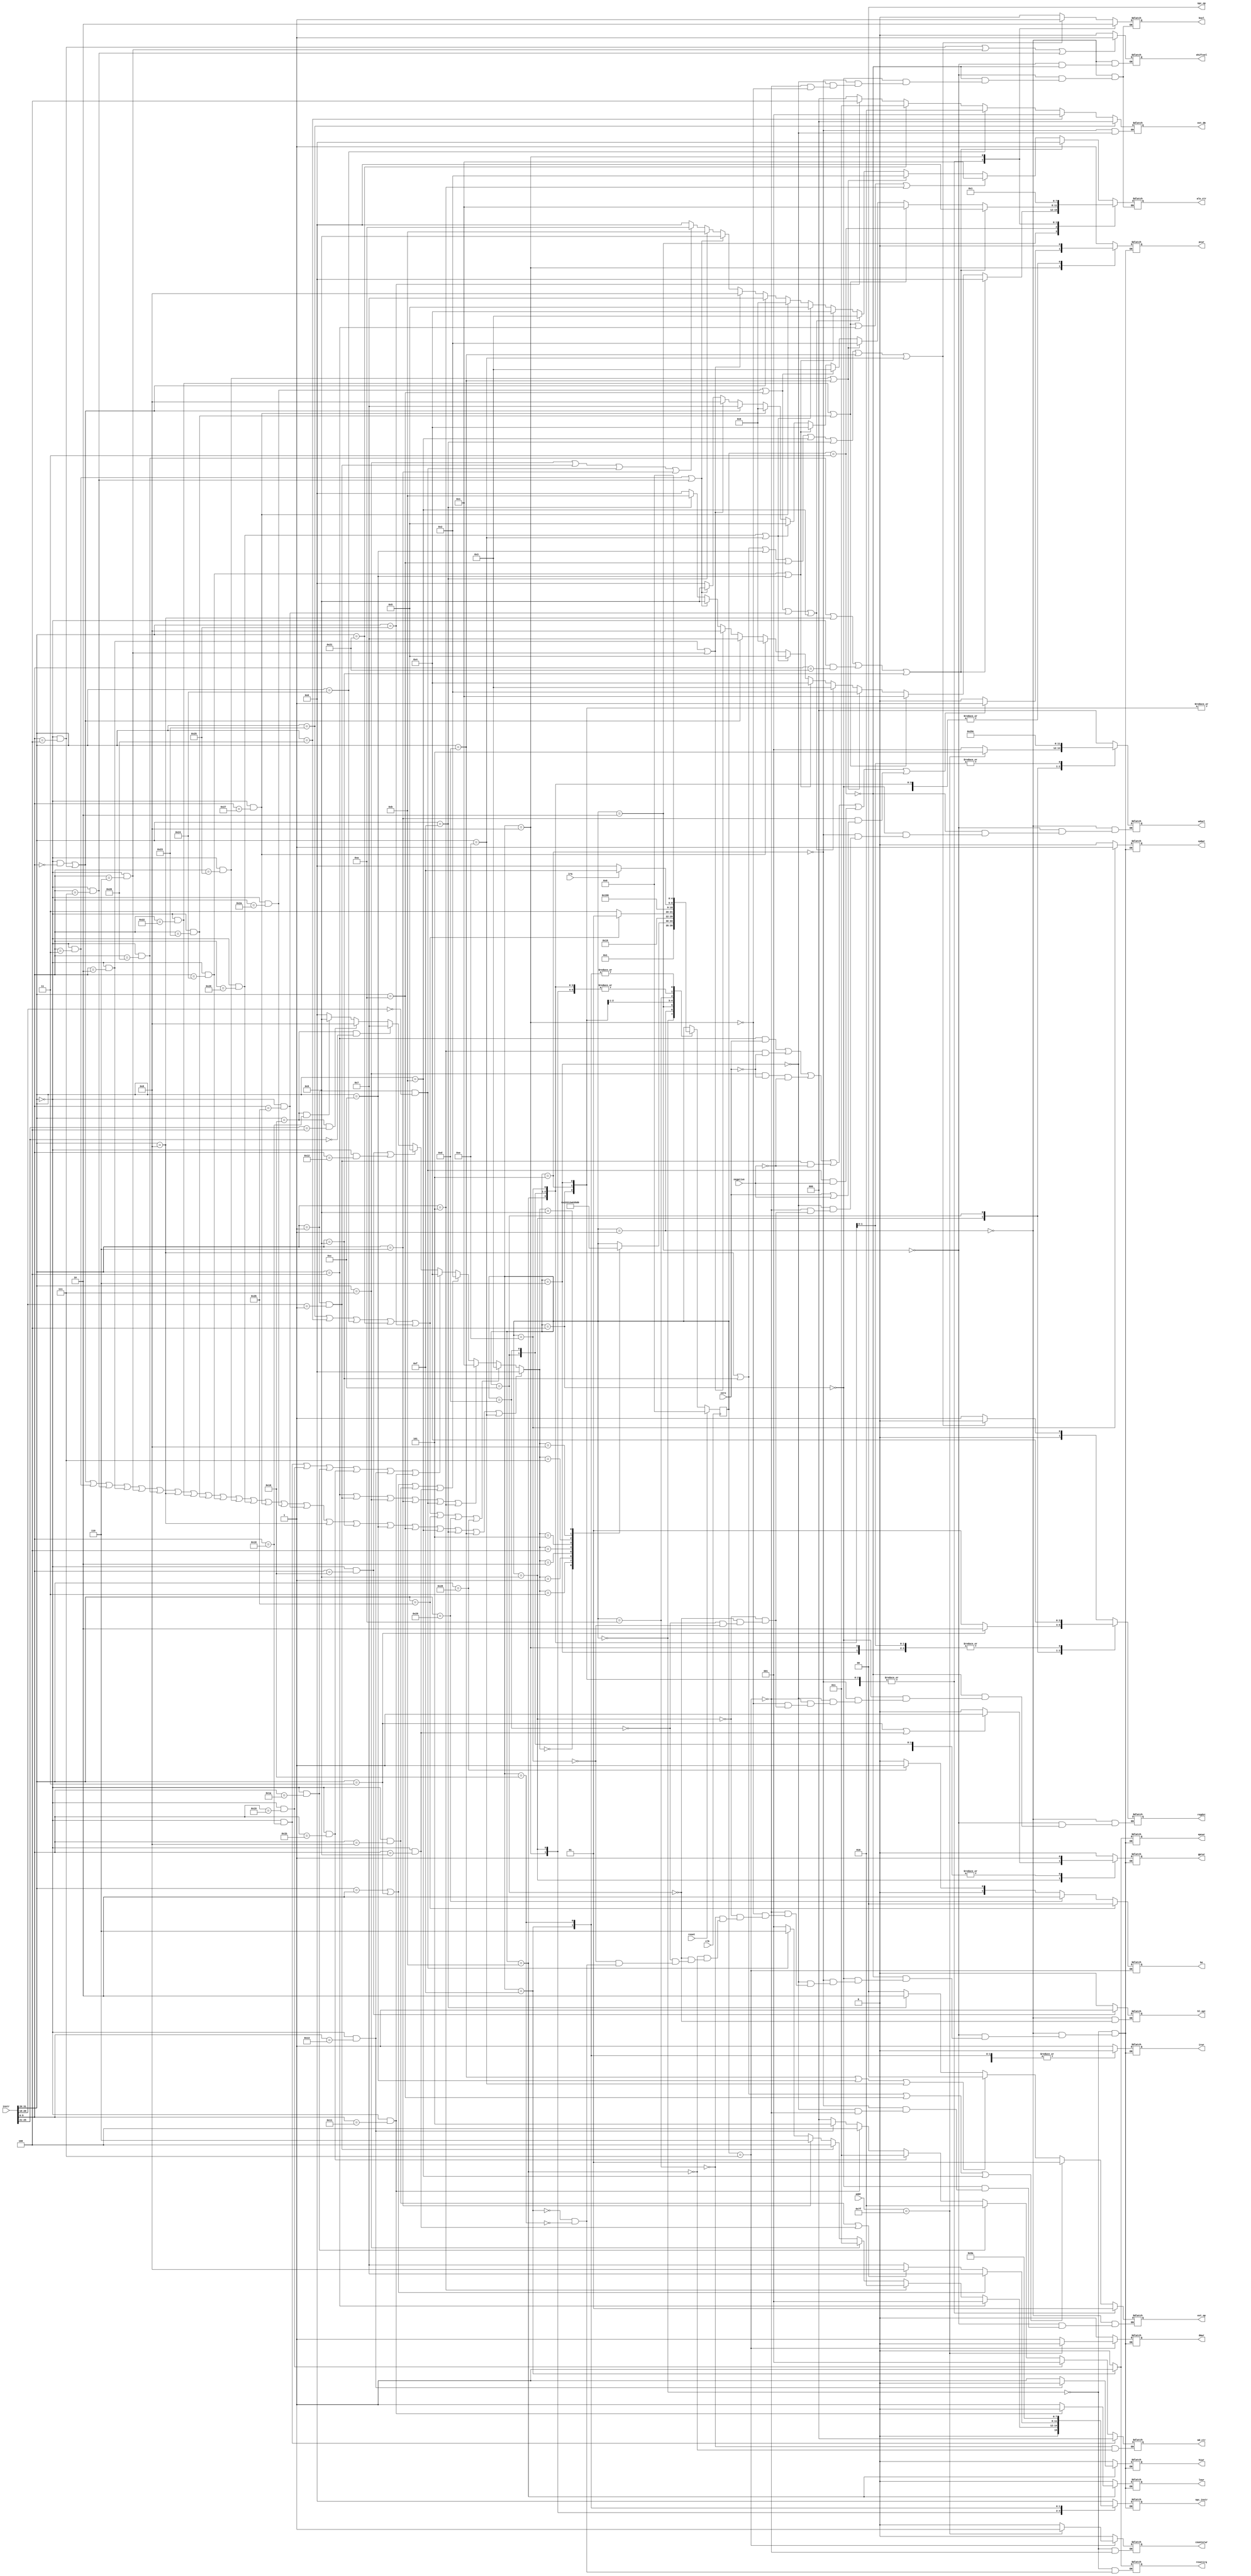
module ctrl(
    input [31:0] instr,
    input clk, zero, negative, reset, irq,
    input [7:0] addr,
    output reg [3:0] alu_ctr,
    output reg [2:0] ext_dm, md_ctr,
    //output reg [2:0] md_ctr,
    output reg [1:0] regdst, ext_op, //ext_be,
    output reg irwr, pcwr,gprwr,dmwr,bsel,shiftsel,hiwr,lowr,hl_opt,cp0wr,epcwr,resetirq,counterwr,
    output reg [1:0] npc_op, be,
    output reg [2:0] wdsel,
    output reg [3:0] npc_instr
    );
    parameter IR = 4'b0000,
              B = 4'b0001,
              J = 4'b0010,
              MA = 4'b0011,
              MD = 4'b0100,
              RHL = 4'b0101,
              RC = 4'b0111,
              WC = 4'b1000,
              ER = 4'b1001,
              BREAK = 4'b1010;
    parameter NPC_IR = 4'b0000,
              NPC_BEQ = 4'b0001,
              NPC_BNE = 4'b0010,
              NPC_BGTZ = 4'b0011,
              NPC_BGEZ = 4'b0100,
              NPC_BLTZ = 4'b0101,
              NPC_BLEZ = 4'b0110,
              NPC_J_JAL = 4'b0111,
              NPC_JR_JALR = 4'b1000,
              NPC_INT = 4'b1001,
              NPC_ERET = 4'b1010;
    parameter S0 = 5'b00000,
              S1 = 5'b00001,
              S2 = 5'b00010,
              S3 = 5'b00011,
              S4 = 5'b00100,
              S5 = 5'b00101,
              S6 = 5'b00110,
              S7 = 5'b00111,
              S8 = 5'b01000,
              S9 = 5'b01001,
              S10 = 5'b01010,
              S11 = 5'b01011,
              S12 = 5'b01100,
              S13 = 5'b01101,
              S14 = 5'b01110,
              S15 = 5'b01111,
              S16 = 5'b10000;
    parameter alu_add = 4'b0000,
              alu_sub = 4'b0001,
              alu_or = 4'b0010,
              alu_neg = 4'b0011,
              alu_and = 4'b0100,
              alu_xor = 4'b0101,
              alu_nor = 4'b0110,
              alu_sl = 4'b0111,
              alu_sr = 4'b1000,
              alu_sra = 4'b1001,
              alu_da = 4'b1010, //direct access of A
              alu_db = 4'b1011; //direct access of B
    parameter md_mul = 3'b000,
              md_mulu = 3'b001,
              md_div = 3'b010,
              md_divu = 3'b011,
              md_mthi = 3'b100,
              md_mtlo = 3'b101;
    parameter dm_sw = 2'b00,
              dm_sb = 2'b01,
              dm_sh = 2'b10;
    wire [5:0] op, func;
    wire [4:0] rs, rt, rd;
    wire [15:0] imm;
    assign op = instr[31:26];
    assign func = instr[5:0];
    assign rs = instr[25:21];
    assign rt = instr[20:16];
    assign rd = instr[15:11];
    assign imm = instr[15:0];
    // IR
    wire sll = (op == 6'b000000 && func == 6'b000000);
    wire sllv = (op == 6'b000000 && func == 6'b000100);
    wire sra = (op == 6'b0000000 && func == 6'b000011);
    wire srav = (op == 6'b000000 && func == 6'b000111);
    wire srl = (op == 6'b000000 && func == 6'b000010);
    wire srlv = (op == 6'b000000 && func == 6'b000110);
    wire add = (op == 6'b000000 && func == 6'b100000);
    wire addu = (op == 6'b000000 && func == 6'b100001);
    wire sub = (op == 6'b000000 && func == 6'b100010);
    wire subu = (op == 6'b000000 && func == 6'b100011);
    wire andr = (op == 6'b000000 && func == 6'b100100);
    wire orr = (op == 6'b000000 && func == 6'b100101);
    wire xorr = (op == 6'b000000 && func == 6'b100110);
    wire norr = (op == 6'b000000 && func == 6'b100111);
    wire slt = (op == 6'b000000 && func == 6'b101010);
    wire sltu = (op == 6'b000000 && func == 6'b101011);
    wire addi = (op == 6'b001000);
    wire addiu = (op == 6'b001001);
    wire andi = (op == 6'b001100);
    wire slti = (op == 6'b001010);
    wire sltiu = (op == 6'b001011);
    wire lui = (op == 6'b001111);
    wire ori = (op == 6'b001101);
    wire xori = (op == 6'b001110);
    wire imme = (addi || addiu || andi || slti || sltiu || lui || ori || xori);
    
    //MA
    wire lw = (op == 6'b100011);
    wire lb = (op == 6'b100000);
    wire lbu = (op == 6'b100100);
    wire lh = (op == 6'b100001);
    wire lhu = (op == 6'b100101);
    wire sw = (op == 6'b101011);
    wire sb = (op == 6'b101000);
    wire sh = (op == 6'b101001);
    
    //B
    wire beq = (op == 6'b000100);
    wire bgez = (op == 6'b000001 && rt == 5'b00001);
    wire bgtz = (op == 6'b000111);
    wire blez = (op == 6'b000110);
    wire bltz = (op == 6'b00001 && rt == 5'b00000);
    wire bne = (op == 6'b000101);
    
    //J
    wire j = (op == 6'b000010);
    wire jal = (op == 6'b000011);
    wire jr = (op == 6'b000000 && func == 6'b001000);
    wire jalr = (op == 6'b000000 && func == 6'b001001);
    
    //MD
    wire mult = (op == 6'b000000 && func == 6'b011000);
    wire multu = (op == 6'b000000 && func == 6'b011001);
    wire div = (op == 6'b000000 && func == 6'b011010);
    wire divu = (op == 6'b000000 && func == 6'b011011);
    wire mthi = (op == 6'b000000 && func == 6'b010001);
    wire mtlo = (op == 6'b000000 && func == 6'b010011);
    
    //RHL
    wire mfhi = (op == 6'b000000 && func == 6'b010000);
    wire mflo = (op == 6'b000000 && func == 6'b010010);
    
    //RC
    wire mfc0 = (op == 6'b010000 && rs == 5'b00000);
    
    //WC
    wire mtc0 = (op == 6'b010000 && rs == 5'b00100);
    
    //ER
    wire eret = (op == 6'b010000 && func == 6'b011000);
    
    wire [3:0] op_type = (sll || sllv || sra || srav || srl || srlv || add || addi || sub || subu || andr || orr || xorr || norr || slt || sltu || addi || addiu || andi || slti || sltiu || lui || ori || xori) ? IR :
                     (lw || lb || lbu || lh || lhu || sw || sh || sb) ? MA:
                          (beq || bgez || bgtz || blez || bltz || bne) ? B:
                                              (j || jal || jr || jalr) ? J:
                       (mult || multu || div || divu || mtlo || mthi) ? MD:
                                                      (mfhi || mflo) ? RHL:
                                                                 mfc0 ? RC:
                                                                 mtc0 ? WC:
                                                                 eret ? ER:
                                                                        IR;
                   
    wire load = (lw || lb || lbu || lh || lhu);
    wire store = (sw || sb || sh);
    
    reg [4:0] fsm;
    initial
    begin
        fsm <= S0;
        pcwr = 1;
        npc_op = 2'b00;
        irwr = 1;
        gprwr = 0;
        dmwr = 0;
        npc_instr = NPC_IR;
        
    end
    always@(posedge clk)
    begin
        if (reset)
            fsm <= S0;
        else
            case(fsm)
                S0: fsm <= S1;
                S1: case(op_type)
                        IR: fsm <= S2;
                        MA: fsm <= S4;
                        B: fsm <= S8;
                        J: fsm <= S9;
                        MD: fsm <= S10;
                        RHL: fsm <= S12;
                        RC: fsm <= S13;
                        WC: fsm <= S14;
                        ER: fsm <= S16;
                    endcase
                S2: fsm <= S3;
                S3: fsm <= (irq == 1) ? S15 : S0;
                S4: fsm <= load ? S5 : S7;
                S5: fsm <= S6;
                S6: fsm <= irq ? S15 : S0;
                S7: fsm <= irq ? S15 : S0;
                S8: fsm <= irq ? S15 : S0;
                S9: fsm <= irq ? S15 : S0;
                S10: fsm <= S11;
                S11: fsm <= irq ? S15 : S0;
                S12: fsm <= irq ? S15 : S0;
                S13: fsm <= irq ? S15 : S0;
                S14: fsm <= irq ? S15 : S0;
                S15: fsm <= S0;
                S16: fsm <= S0;
            endcase
    end
    always@(*)
    begin
        case(fsm)
            S0:
            begin
                pcwr = 1;
                npc_op = 2'b00;
                irwr = 1;
                gprwr = 0;
                dmwr = 0;
                npc_instr = NPC_IR;
                hiwr = 0;
                lowr = 0;
                cp0wr = 0;
                resetirq = 0;
                epcwr = 0;
                counterwr = 0;
            end
            S1:
            begin
                pcwr = 0;
                irwr = 0;
                gprwr = 0;
                dmwr = 0;
                alu_ctr = (add || addi || addu || addiu) ? alu_add:
                             (sub || subu || beq || bne) ? alu_sub:
                                             (orr || ori) ? alu_or:
                          (slt || slti || sltu || sltiu) ? alu_neg:
                                          (andr || andi) ? alu_and:
                                          (xorr || xori) ? alu_xor:
                                                  (norr) ? alu_nor:
                                            (sll || sllv) ? alu_sl:
                                            (srl || srlv) ? alu_sr:
                                           (sra || srav) ? alu_sra:
                                                    (lui) ? alu_db:
                           (bgtz || bgez || bltz || blez) ? alu_da:
                                                           alu_add;
                shiftsel = (sllv || srlv || srav) ? 1 : 0;
                regdst = imme ? 2'b00 : 2'b01;
                bsel = (addi || addiu || andi || slti || sltiu || lui || ori || xori) ? 1 : 0;
                wdsel = 3'b000;
                ext_op = (addi || addiu || slti || sltiu) ? 2'b01: //sign_extend
                                    (ori || andi || xori) ? 2'b00: //zero_extend
                                                    (lui) ? 2'b10: //high_byte_extend
                                                            2'b00;
                npc_instr = (IR||MA) ? NPC_IR:
                            beq ? NPC_BEQ:
                            bne ? NPC_BNE:
                            bgtz ? NPC_BGTZ:
                            bgez ? NPC_BGEZ:
                            blez ? NPC_BLEZ:
                            bltz ? NPC_BLEZ:
                                     NPC_IR;
                hl_opt = mfhi ? 1 : 0;
                hiwr = 0;
                lowr = 0;
                cp0wr = 0;
                epcwr = 0;
            end
            S2:
            begin
                pcwr = 0;
                irwr = 0;
                gprwr = 0;
                dmwr = 0;
                alu_ctr = (add || addi || addu || addiu) ? alu_add:
                                           (sub || subu) ? alu_sub:
                                             (orr || ori) ? alu_or:
                          (slt || slti || sltu || sltiu) ? alu_neg:
                                          (andr || andi) ? alu_and:
                                          (xorr || xori) ? alu_xor:
                                                  (norr) ? alu_nor:
                                            (sll || sllv) ? alu_sl:
                                            (srl || srlv) ? alu_sr:
                                           (sra || srav) ? alu_sra:
                                                    (lui) ? alu_db:
                                                           alu_add;
                shiftsel = (sllv || srlv || srav) ? 1 : 0;
                regdst = imme ? 2'b00 : 2'b01;
                bsel = (addi || addiu || andi || slti || sltiu || lui || ori || xori) ? 1 : 0;
                wdsel = 3'b000;
                ext_op = (addi || addiu || slti || sltiu) ? 2'b01: //sign_extend
                                    (ori || andi || xori) ? 2'b00: //zero_extend
                                                    (lui) ? 2'b10: //high_byte_extend
                                                            2'b00;
                npc_instr = NPC_IR;
                hiwr = 0;
                lowr = 0;
                cp0wr = 0;
                epcwr = 0;
            end
            S3:
            begin
                pcwr = 0;
                irwr = 0;
                gprwr = 1;
                dmwr = 0;
                alu_ctr = (add || addi || addu || addiu) ? alu_add:
                                           (sub || subu) ? alu_sub:
                                             (orr || ori) ? alu_or:
                                           (slt || slti) ? alu_neg:
                                          (andr || andi) ? alu_and:
                                          (xorr || xori) ? alu_xor:
                                                  (norr) ? alu_nor:
                                            (sll || sllv) ? alu_sl:
                                            (srl || srlv) ? alu_sr:
                                           (sra || srav) ? alu_sra:
                                                           alu_add;
                shiftsel = (sllv || srlv || srav) ? 1 : 0;
                regdst = imme ? 2'b00 : 2'b01;
                bsel = (addi || addiu || andi || slti || sltiu || lui || ori || xori) ? 1 : 0;
                wdsel = 3'b000;
                npc_instr = NPC_IR;
                hiwr = 0;
                lowr = 0;
                cp0wr = 0;
                epcwr = 0;
            end
            S4:
            begin
                pcwr = 0;
                irwr = 0;
                gprwr = 0;
                dmwr = 0;
                alu_ctr = alu_add;
                regdst = 2'b00;
                bsel = 1;
                wdsel = (addr == 16'h7f) ? 3'b101 : 3'b001;
                ext_op = 2'b01;
                npc_instr = NPC_IR;
                hiwr = 0;
                lowr = 0;
                cp0wr = 0;
                epcwr = 0;
       
            end
            S5:
            begin
                pcwr = 0;
                irwr = 0;
                gprwr = 0;
                dmwr = 0;
                alu_ctr = alu_add;
                regdst = 2'b00;
                bsel = 1;
                wdsel = (addr == 16'h7f) ? 3'b101 : 3'b001;
                ext_op = 2'b01;
                ext_dm = lw ? 3'b000:
                         lb ? 3'b001:
                        lbu ? 3'b010:
                         lh ? 3'b011:
                        lhu ? 3'b100:
                              3'b000;
                npc_instr = NPC_IR;
                hiwr = 0;
                lowr = 0;
                cp0wr = 0;
                epcwr = 0;
            end
            S6:
            begin
                pcwr = 0;
                irwr = 0;
                gprwr = 1;
                dmwr = 0;
                alu_ctr = alu_add;
                regdst = 2'b00;
                bsel = 1;
                wdsel = (addr == 16'h7f) ? 3'b101 : 3'b001;
                ext_op = 2'b01;
                ext_dm = lw ? 3'b000:
                         lb ? 3'b001:
                        lbu ? 3'b010:
                         lh ? 3'b011:
                        lhu ? 3'b100:
                              3'b000;
                npc_instr = NPC_IR;
                hiwr = 0;
                lowr = 0;
                cp0wr = 0;
                epcwr = 0;
            end
            S7:
            begin
                pcwr = 0;
                irwr = 0;
                gprwr = 0;
                dmwr = (addr == 16'h7f) ? 0 : 1;
                be = sw ? dm_sw:
                     sh ? dm_sh:
                     sb ? dm_sb:
                          dm_sw;
                alu_ctr = alu_add;
                regdst = 2'b00;
                bsel = 1;
                wdsel = 3'b001;
                ext_op = 2'b01;
                npc_instr = NPC_IR;
                hiwr = 0;
                lowr = 0;
                cp0wr = 0;
                epcwr = 0;
                counterwr = (addr == 16'h7f) ? 1 : 0;
            end
            S8:
            begin
                pcwr = ((beq && zero) || (bne && !zero) || (bgtz && !zero && !negative) || (bgez && !negative) || (bltz && negative) || (blez && (zero || negative))) ? 1 : 0;
                irwr = 0;
                gprwr = 0;
                dmwr = 0;
                alu_ctr = alu_sub;
                regdst = 2'b00;
                bsel = 0;
                npc_instr = beq ? NPC_BEQ:
                            bne ? NPC_BNE:
                            bgtz ? NPC_BGTZ:
                            bgez ? NPC_BGEZ:
                            blez ? NPC_BLEZ:
                            bltz ? NPC_BLEZ:
                                    NPC_BEQ;
                hiwr = 0;
                lowr = 0;
                cp0wr = 0;
                epcwr = 0;
            end
            S9:
            begin
                pcwr = 1;
                irwr = 0;
                gprwr = (jal || jalr) ? 1 : 0;
                dmwr = 0;
                regdst = jal ? 2'b10:
                        jalr ? 2'b01:
                               2'b01;
                npc_instr = (j || jal) ? NPC_J_JAL:
                            (jr || jalr) ? NPC_JR_JALR:
                                             NPC_J_JAL;
                wdsel = 3'b010;
                hiwr = 0;
                lowr = 0;
                cp0wr = 0;
                epcwr = 0;
            end
            S10:
            begin
                pcwr = 0;
                irwr = 0;
                gprwr = 0;
                dmwr = 0;
                npc_instr = NPC_IR;
                md_ctr = mult ? md_mul:
                         multu ? md_mulu:
                         div ? md_div:
                         divu ? md_divu:
                         mthi ? md_mthi:
                         mtlo ? md_mtlo:
                                md_mul;
                hiwr = 0;
                lowr = 0;
                cp0wr = 0;
                epcwr = 0;
            end
            S11:
            begin
                pcwr = 0;
                irwr = 0;
                gprwr = 0;
                dmwr = 0;
                npc_instr = NPC_IR;
                md_ctr = mult ? md_mul:
                         multu ? md_mulu:
                         div ? md_div:
                         divu ? md_divu:
                         mthi ? md_mthi:
                         mtlo ? md_mtlo:
                                md_mul;
                hiwr = mtlo ? 0 : 1;
                lowr = mthi ? 0 : 1;
                cp0wr = 0;
                epcwr = 0;
            end
            S12:
            begin
                pcwr = 0;
                irwr = 0;
                gprwr = 1;
                dmwr = 0;
                npc_instr = NPC_IR;
                hiwr = 0;
                lowr = 0;
                hl_opt = mfhi ? 1 : 0;
                regdst = 2'b01;
                wdsel = 3'b011;
                cp0wr = 0;
                epcwr = 0;
            end
            S13:
            begin
                pcwr = 0;
                irwr = 0;
                gprwr = 1;
                dmwr = 0;
                npc_instr = NPC_IR;
                hiwr = 0;
                lowr = 0;
                regdst = 2'b00;
                wdsel = 3'b100;
                cp0wr = 0;
                epcwr = 0;
            end
            S14:
            begin
                pcwr = 0;
                irwr = 0;
                gprwr = 0;
                dmwr = 0;
                npc_instr = NPC_IR;
                hiwr = 0;
                lowr = 0;
                regdst = 2'b00;
                wdsel = 3'b100;
                cp0wr = 1;
                epcwr = 0;
            end
            S15:
            begin
                pcwr = 1;
                irwr = 0;
                gprwr = 0;
                dmwr = 0;
                npc_instr = NPC_INT;
                hiwr = 0;
                lowr = 0;
                cp0wr = 0;
                epcwr = 1;
                resetirq = 1;
                
            end
            S16:
            begin
                pcwr = 1;
                irwr = 0;
                gprwr = 0;
                dmwr = 0;
                npc_instr = NPC_ERET;
                hiwr = 0;
                lowr = 0;
                cp0wr = 0;
                epcwr = 0;
                resetirq = 0;
                
            end
        endcase
    end
endmodule